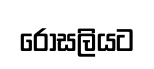
රොසලියට